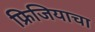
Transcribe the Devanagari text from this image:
फ्रिजियाचा